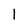
Character: 1